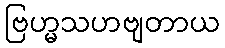
ဗြဟ္မသဟဗျတာယ